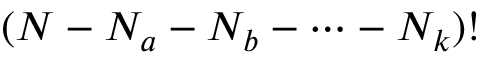
( N - N _ { a } - N _ { b } - \cdots - N _ { k } ) !